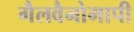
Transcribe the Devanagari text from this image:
गैलवैनोमापी